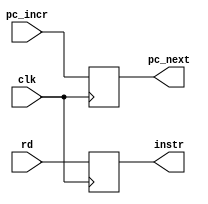
module IF_ID ( clk, pc_incr, rd, pc_next, instr ) ;

	input 				clk ;
	input	[31:0] 		pc_incr, rd ;
	output reg [31:0] 	pc_next, instr ;


	always @( posedge clk ) begin
		pc_next  <= pc_incr ;
		instr	 <= rd ;
	end
	
endmodule